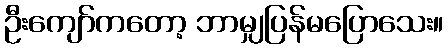
ဦးကျော်ကတော့ ဘာမျှပြန်မပြောသေး။